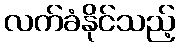
လက်ခံနိုင်သည့်